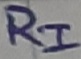
Text: RI